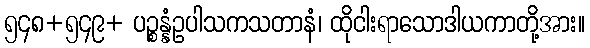
၅၄၈+၅၄၉+ ပဉ္စန္နံဥပါသကသတာနံ၊ ထိုငါးရာသောဒါယကာတို့အား။